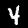
Label: 4